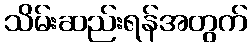
သိမ်းဆည်းရန်အတွက်